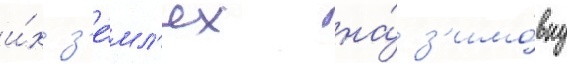
и́х з'е́мл'ях на́ з'имо́вку